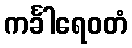
ကင်္ခါရေဝတံ